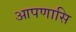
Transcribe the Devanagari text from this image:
आपणासि